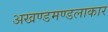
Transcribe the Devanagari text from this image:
अखण्डमण्डलाकार